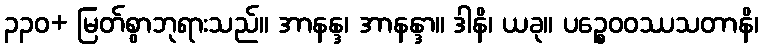
၃၃၀+ မြတ်စွာဘုရားသည်။ အာနန္ဒ၊ အာနန္ဒာ။ ဒါနိ၊ ယခု။ ပဉ္စေဝဝဿသတာနိ၊